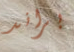
براند